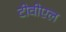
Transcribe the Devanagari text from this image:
टीवीएल